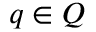
q \in { \cal Q }